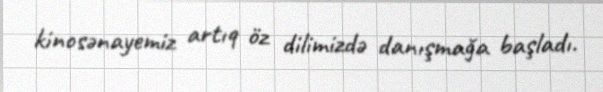
kinosənayemiz artıq öz dilimizdə danışmağa başladı.